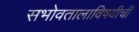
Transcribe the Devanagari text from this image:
सभोवतालाविषयीची